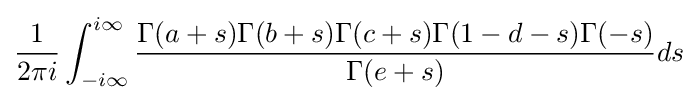
{\frac {1}{2\pi i}}\int _{-i\infty }^{i\infty }{\frac {\Gamma (a+s)\Gamma (b+s)\Gamma (c+s)\Gamma (1-d-s)\Gamma (-s)}{\Gamma (e+s)}}ds